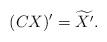
LaTeX: \begin{align*} (CX)^{\prime} = \widetilde{X^{\prime}}.\end{align*}